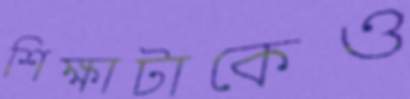
শিক্ষাটাকেও